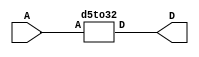

// Mason Marnell
// 5-to-32 decoder

module top(A, D);

input [4:0] A;
output [31:0] D;

d5to32 U0(A, D);

// Its good practice to only link
// other modules to "top" module.

endmodule

module d5to32(A, D);

input [4:0] A;
output [31:0] D;

wire [11:0] W;

//Module instantiations
d3to8 u0(.A(A[4:2]), .D(W[11:4]));
d2to4 u1(.A(A[1:0]), .D(W[3:0]));

//AND gates
assign D[31] = W[11] & W[3];
assign D[30] = W[11] & W[2];
assign D[29] = W[11] & W[1];
assign D[28] = W[11] & W[0];

assign D[27] = W[10] & W[3];
assign D[26] = W[10] & W[2];
assign D[25] = W[10] & W[1];
assign D[24] = W[10] & W[0];

assign D[23] = W[9] & W[3];
assign D[22] = W[9] & W[2];
assign D[21] = W[9] & W[1];
assign D[20] = W[9] & W[0];

assign D[19] = W[8] & W[3];
assign D[18] = W[8] & W[2];
assign D[17] = W[8] & W[1];
assign D[16] = W[8] & W[0];

assign D[15] = W[7] & W[3];
assign D[14] = W[7] & W[2];
assign D[13] = W[7] & W[1];
assign D[12] = W[7] & W[0];

assign D[11] = W[6] & W[3];
assign D[10] = W[6] & W[2];
assign D[9] = W[6] & W[1];
assign D[8] = W[6] & W[0];

assign D[7] = W[5] & W[3];
assign D[6] = W[5] & W[2];
assign D[5] = W[5] & W[1];
assign D[4] = W[5] & W[0];

assign D[3] = W[4] & W[3];
assign D[2] = W[4] & W[2];
assign D[1] = W[4] & W[1];
assign D[0] = W[4] & W[0];

endmodule


module d3to8(A, D);

input [2:0] A;
output [7:0] D;

wire [5:0] W;

//Module Instantiations
d2to4 u0(.A(A[2:1]),    .D(W[5:2]));
d1to2 u1(.A(A[0]),      .D(W[1:0]));

//AND gates
assign D[7] = W[5] & W[1];
assign D[6] = W[5] & W[0];
assign D[5] = W[4] & W[1];
assign D[4] = W[4] & W[0];
assign D[3] = W[3] & W[1];
assign D[2] = W[3] & W[0];
assign D[1] = W[2] & W[1];
assign D[0] = W[2] & W[0];

endmodule

module d2to4(A, D);

input [1:0] A;
output [3:0] D;

wire [3:0] W;

//Module Instantiations
d1to2 u0(.A(A[1]), .D(W[3:2]));
d1to2 u1(.A(A[0]), .D(W[1:0]));

//.__ is the lower level decoder
//...( is being assigned to different
//                  higher end indexes(?)


//AND gates
assign D[3] = W[3] & W[1];
assign D[2] = W[3] & W[0];
assign D[1] = W[2] & W[1];
assign D[0] = W[2] & W[0];

endmodule

module d1to2(A,D);

input A;
output [1:0] D;

assign D[1] = ~A;
assign D[0] = A;

endmodule